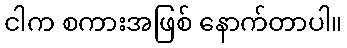
ငါက စကားအဖြစ် နောက်တာပါ။